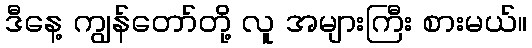
ဒီနေ့ ကျွန်တော်တို့ လူ အများကြီး စားမယ်။